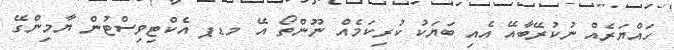
ހައްޔަރެއް ނުކުރޭބާއޭ އެއި ބަޔަކު ކުރިކަމެއް ނޫންތޯ އޭ މޑޕ އެކްޓިވިސްޓުން ޔާމިންގޭ